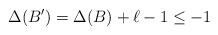
LaTeX: \begin{align*}\Delta(B') = \Delta(B) + {\ell} - 1 \leq -1\end{align*}